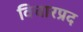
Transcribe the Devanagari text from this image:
विचारप्रद